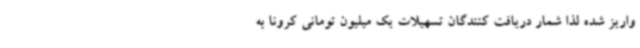
واریز شده لذا شمار دریافت کنندگان تسهیلات یک میلیون تومانی کرونا به